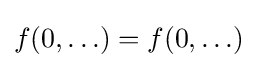
f(0,\ldots )=f(0,\ldots )